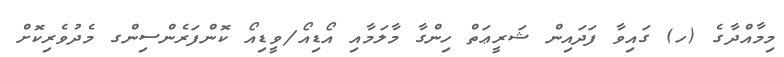
މިމާއްދާގެ (ހ) ގައިވާ ފަދައިން ޝަރީޢަތް ހިންގާ މާލަމާއި އޯޑިއޯ/ވީޑިއޯ ކޮންފަރެންސިންގ މެދުވެރިކޮށް